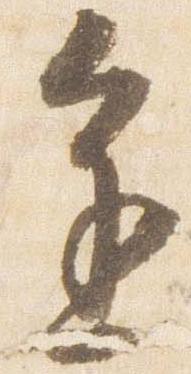
進